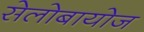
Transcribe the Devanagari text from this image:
सेलोबायोज